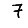
Digit: 7